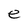
Character: e